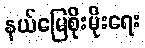
နယ်မြေစိုးမိုးရေး